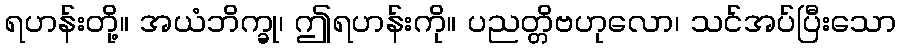
ရဟန်းတို့။ အယံဘိက္ခု၊ ဤရဟန်းကို။ ပညတ္တိဗဟုလော၊ သင်အပ်ပြီးသော